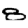
Digit: 8